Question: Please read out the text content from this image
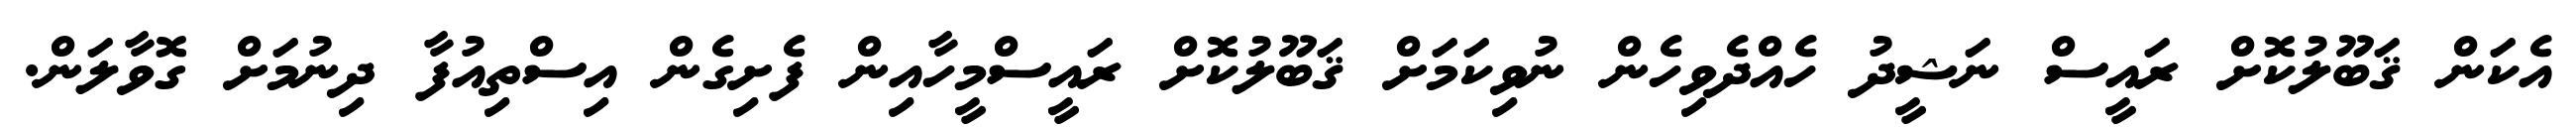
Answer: އެކަން ޤަބޫލުކޮށް ރައީސް ނަޝީދު ހެއްދެވިހެން ނުވިކަމަށް ޤަބޫލުކޮށް ރައީސްމީހާއިން ފެށިގެން އިސްތިއުފާ ދިނުމަށް ގޮވާލަން.